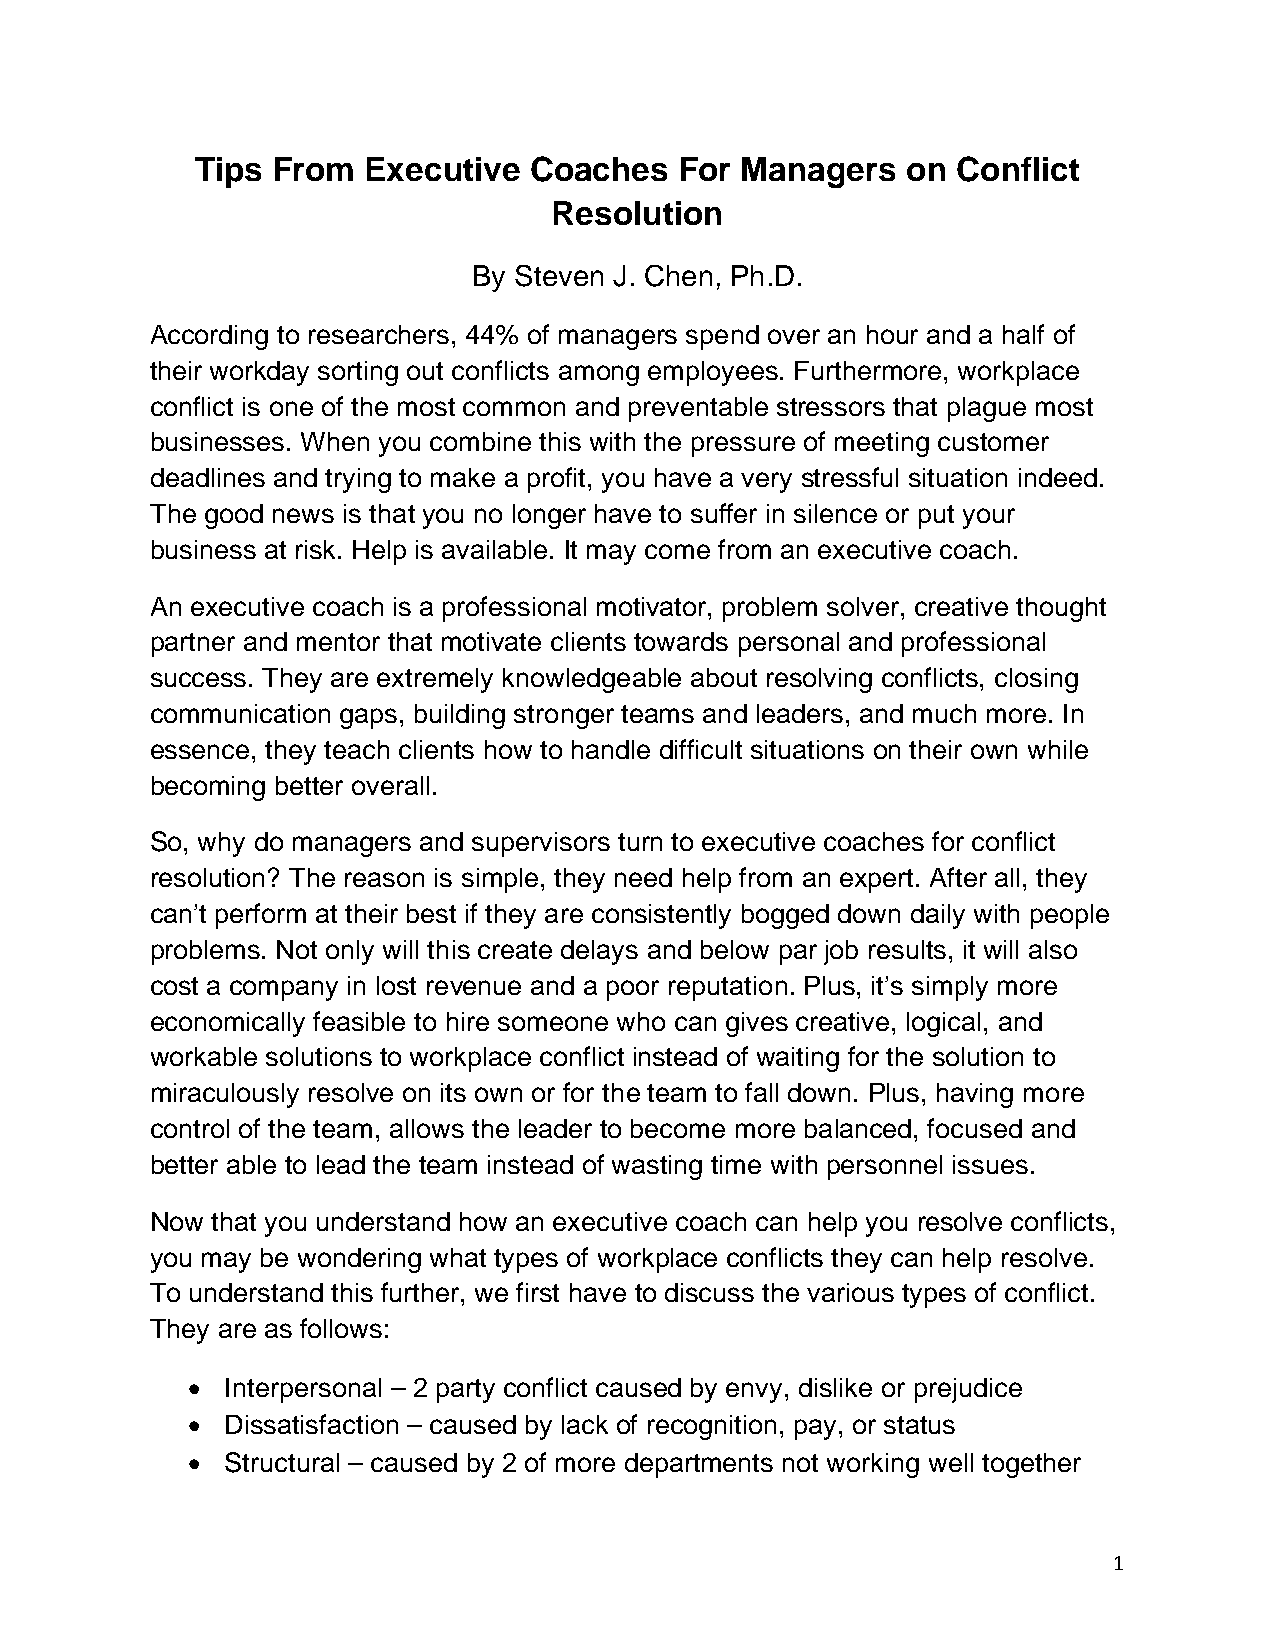
Tips From  Executive  Coaches   For Managers   on Conflict
 Resolution
 By Steven J. Chen, Ph.D.
 According to researchers, 44% of managers spend over an hour and a half of
 their workday sorting out conflicts among employees. Furthermore, workplace
 conflict is one of the most common and preventable stressors that plague most
 businesses. When you combine this with the pressure of meeting customer
 deadlines and trying to make a profit, you have a very stressful situation indeed.
 The good news is that you no longer have to suffer in silence or put your
 business at risk. Help is available. It may come from an executive coach.
 An executive coach is a professional motivator, problem solver, creative thought
 partner and mentor that motivate clients towards personal and professional
 success. They are extremely knowledgeable about resolving conflicts, closing
 communication gaps, building stronger teams and leaders, and much more. In
 essence, they teach clients how to handle difficult situations on their own while
 becoming better overall.
 So, why do managers and supervisors turn to executive coaches for conflict
 resolution? The reason is simple, they need help from an expert. After all, they
 can’t perform at their best if they are consistently bogged down daily with people
 problems. Not only will this create delays and below par job results, it will also
 cost a company in lost revenue and a poor reputation. Plus, it’s simply more
 economically feasible to hire someone who can gives creative, logical, and
 workable solutions to workplace conflict instead of waiting for the solution to
 miraculously resolve on its own or for the team to fall down. Plus, having more
 control of the team, allows the leader to become more balanced, focused and
 better able to lead the team instead of wasting time with personnel issues.
 Now that you understand how an executive coach can help you resolve conflicts,
 you may be wondering what types of workplace conflicts they can help resolve.
 To understand this further, we first have to discuss the various types of conflict.
 They are as follows:
   Interpersonal – 2 party conflict caused by envy, dislike or prejudice
   Dissatisfaction – caused by lack of recognition, pay, or status
   Structural – caused by 2 of more departments not working well together
 1